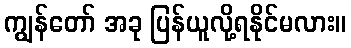
ကျွန်တော် အခု ပြန်ယူလို့ရနိုင်မလား။